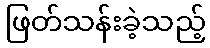
ဖြတ်သန်းခဲ့သည့်